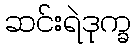
ဆင်းရဲဒုက္ခ